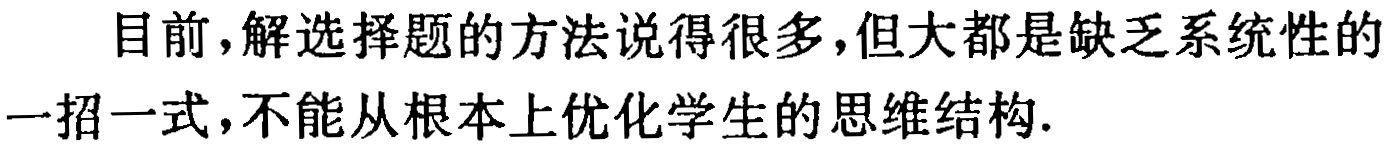
目前，解选择题的方法说得很多，但大都是缺乏系统性的一招一式，不能从根本上优化学生的思维结构.